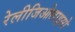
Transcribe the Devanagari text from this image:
रेलीजिओलाइसो